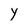
Character: Y